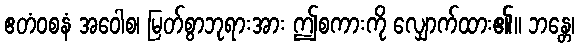
ဧတံဝစနံ အဝေါစ၊ မြတ်စွာဘုရားအား ဤစကားကို လျှောက်ထား၏။ ဘန္တေ၊